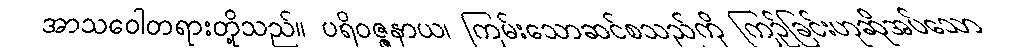
အာသဝေါတရားတို့သည်။ ပရိဝဇ္ဇနာယ၊ ကြမ်းသောဆင်စသည်ကို ကြဉ်ခြင်းဟုဆိုအပ်သော